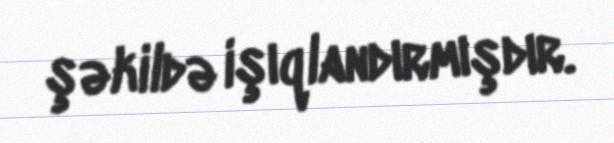
şəkildə işıqlandırmışdır.